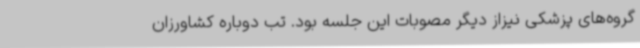
گروه‌های پزشکی نیزاز دیگر مصوبات این جلسه بود. تب دوباره کشاورزان